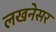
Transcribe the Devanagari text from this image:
लखनेसर